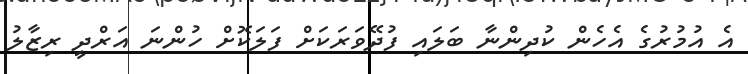
އެ އުމުރުގެ އެހެން ކުދިންނާ ބަލައި ފުދޭވަރަކަށް ފަލަކޮށް ހުންނަ އަރްދީ ރިޒާލު